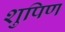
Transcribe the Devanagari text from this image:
शुपिण